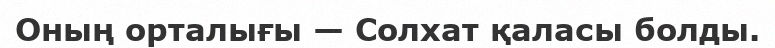
Оның орталығы — Солхат қаласы болды.